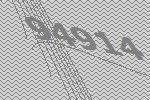
94914